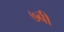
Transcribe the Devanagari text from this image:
७बी